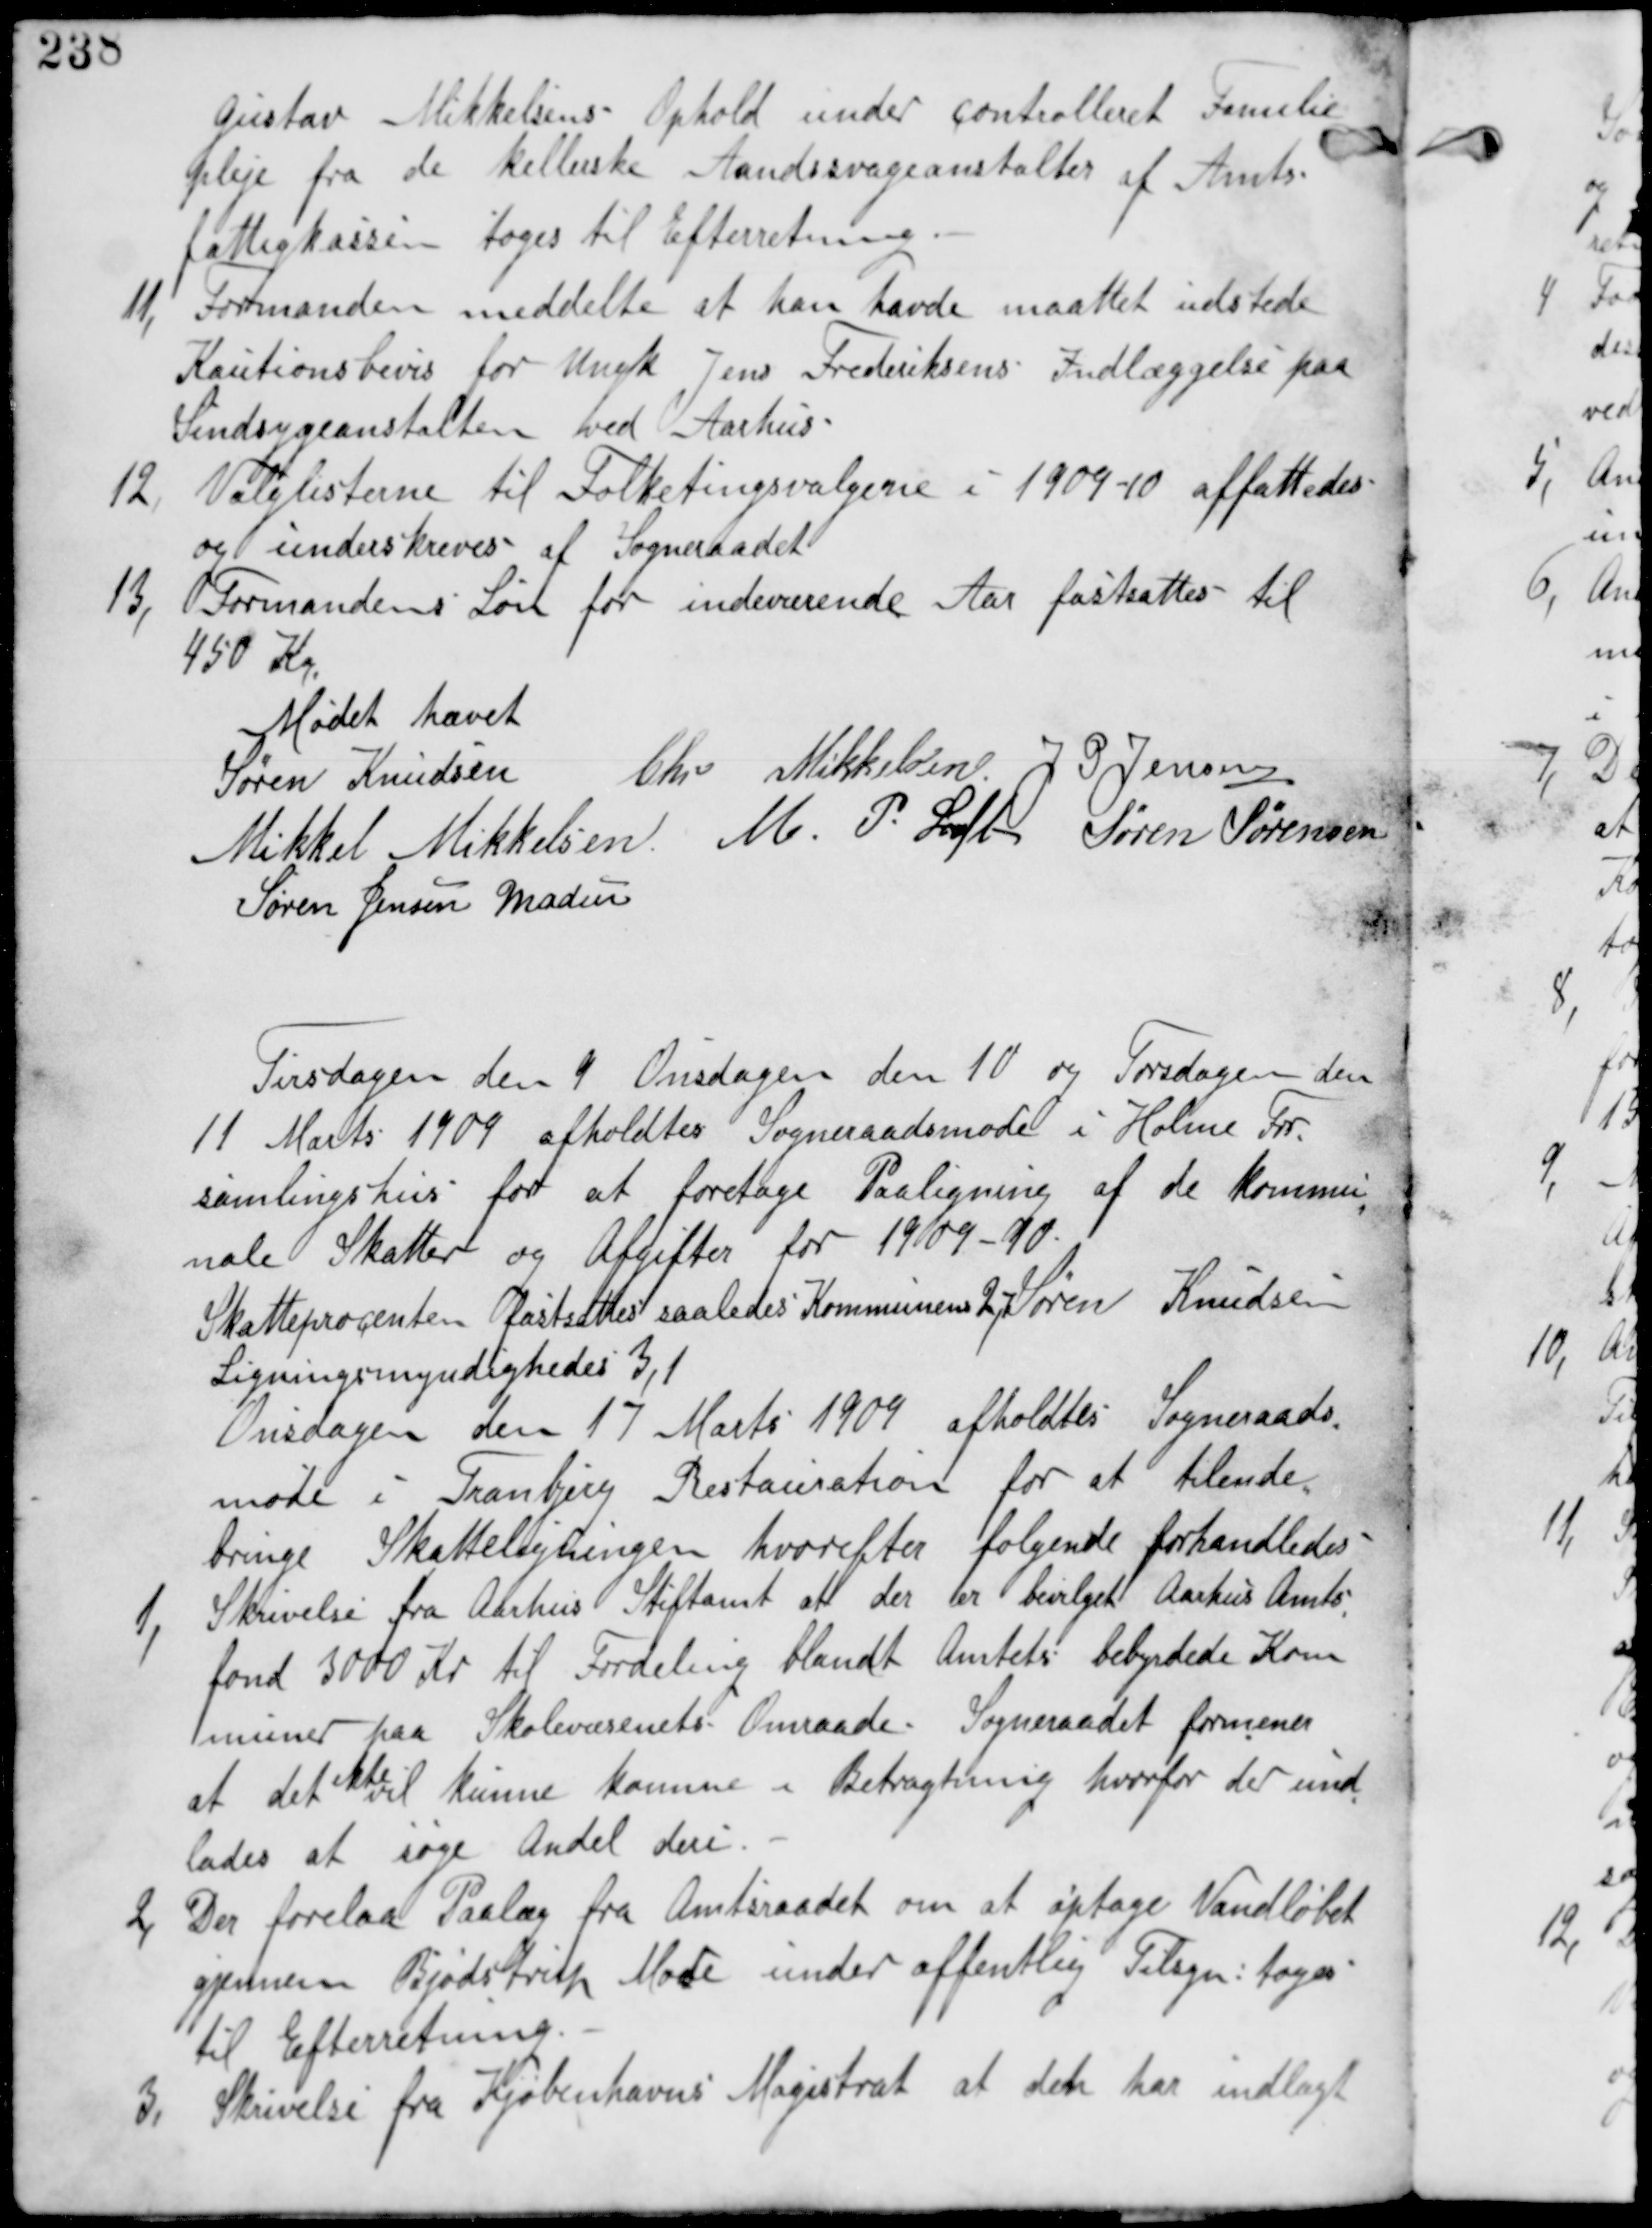
Transskription:
Gustav Mikkelsens Ophold under controlleret Familie
pleje fra de Kellerske Aandssvageanstalter af Amts
fattigkassen tages til Efterretning.

11, Formanden meddelte at han havde maatte udstede
Kautionsbevis for Ungk Jens Frederiksens Indlæggelse paa
Sindsygeanstalten ved Aarhus.

12, Valglisterne til Folketingsvalgene i 1909-10 affattedes
og underskreves af Sogneraadet.

13, Formandens Løn for indeværende Aar fastsattes til
450 Kr.

Mødet hævet
Søren Knudsen Chr Mikkelsen J P Jensen
Mikkel Mikkelsen M P Loft Søren Sørensen
Søren Jensen Madsen

Tirsdagen den 9 Onsdagen den10 og Torsdagen den
11 Marts 1909 afholdtes Sogneraadsmøde i Holme For
samlingshus for at foretage Paaligning af de kommu
nale Skatter og Afgifter for 1909-10.
Skatteprocenten fastsattes saaledes Kommunens 2,7
Ligningsmyndigheder 3,1
Søren Knudsen

Onsdagen den 17 Marts 1909 afholdes Sogneraads
møde i Tranbjerg Restauration for at tilende
bringe Skatteligningen hvorefter følgende forhandledes

1, Skrivelse fra Aarhus Stiftamt at der er bevilget Aarhus Amts
fond 3000 Kr til Fordeling blandt Amtets bebyrdede Kom
muner paa Skolevæsenets Omraade. Sogneraadet formener
at det
ikke
vil kunne komme i Betragtning hvorfor der und
lades at søge Andel deri.

2, Der forelaa Paalæg fra Amtsraadet om at optage Vandløbet
gjennem Bjødstrup Mose under offentlig Tilsyn: tages
til Efterretning

3, Skrivelse fra Kjøbenhavns Magistrat at det har indlagt